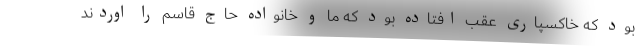
بود که خاکسپاری عقب افتاده بود که ما و خانواده حاج قاسم را اوردند